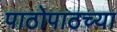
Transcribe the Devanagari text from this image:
पाठोपाठच्या